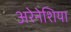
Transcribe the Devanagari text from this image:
अरेनेशिया